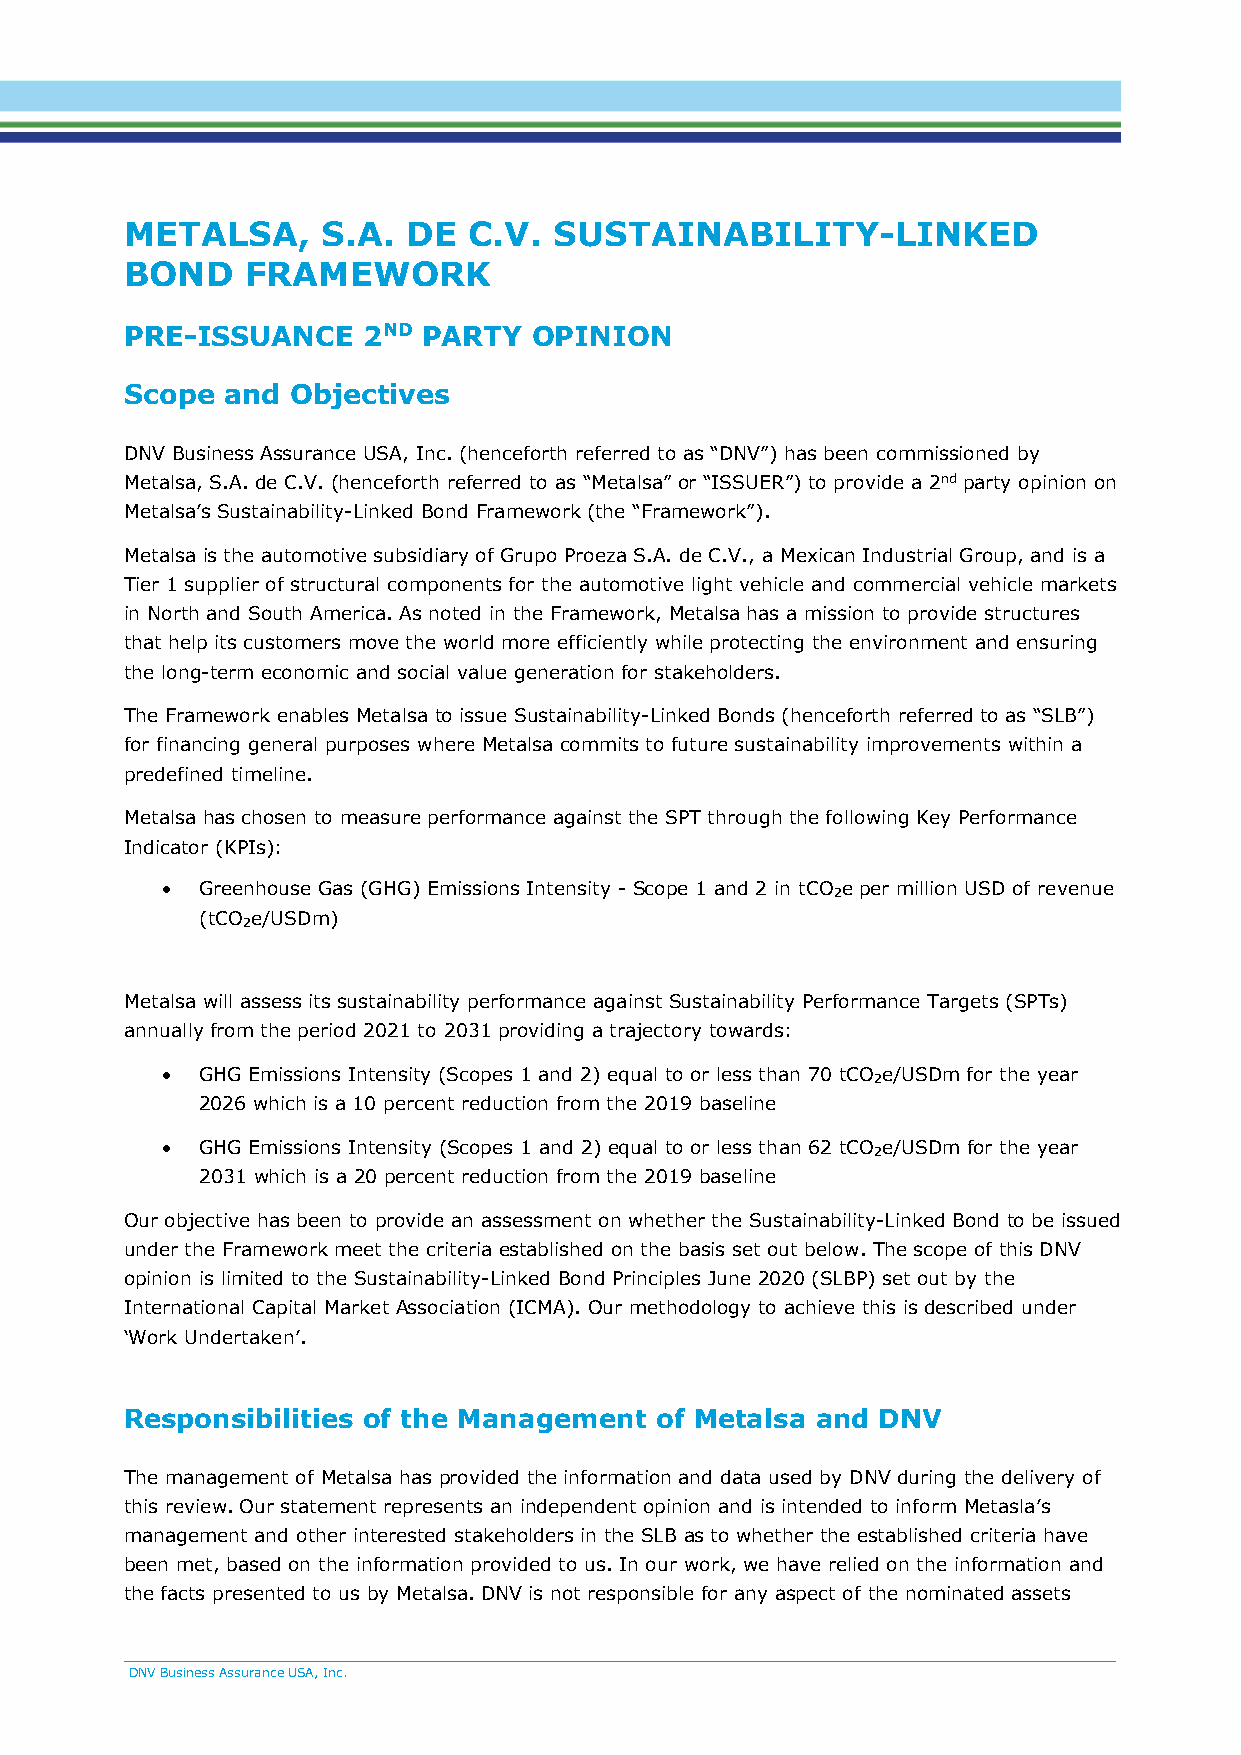
METALSA,     S.A.  DE  C.V.  SUSTAINABILITY-LINKED
 BOND    FRAMEWORK
 PRE-ISSUANCE    2ND PARTY  OPINION
 Scope  and Objectives
 DNV Business Assurance USA, Inc. (henceforth referred to as “DNV”) has been commissioned by
 Metalsa, S.A. de C.V. (henceforth referred to as “Metalsa” or “ISSUER”) to provide a 2nd party opinion on
 Metalsa’s Sustainability-Linked Bond Framework (the “Framework”).
 Metalsa is the automotive subsidiary of Grupo Proeza S.A. de C.V., a Mexican Industrial Group, and is a
 Tier 1 supplier of structural components for the automotive light vehicle and commercial vehicle markets
 in North and South America. As noted in the Framework, Metalsa has a mission to provide structures
 that help its customers move the world more efficiently while protecting the environment and ensuring
 the long-term economic and social value generation for stakeholders.
 The Framework enables Metalsa to issue Sustainability-Linked Bonds (henceforth referred to as “SLB”)
 for financing general purposes where Metalsa commits to future sustainability improvements within a
 predefined timeline.
 Metalsa has chosen to measure performance against the SPT through the following Key Performance
 Indicator (KPIs):
 • Greenhouse Gas (GHG) Emissions Intensity - Scope 1 and 2 in tCO 2e per million USD of revenue
 (tCO e/USDm)
 2
 Metalsa will assess its sustainability performance against Sustainability Performance Targets (SPTs)
 annually from the period 2021 to 2031 providing a trajectory towards:
 • GHG Emissions Intensity (Scopes 1 and 2) equal to or less than 70 tCO 2e/USDm for the year
 2026 which is a 10 percent reduction from the 2019 baseline
 • GHG Emissions Intensity (Scopes 1 and 2) equal to or less than 62 tCO 2e/USDm for the year
 2031 which is a 20 percent reduction from the 2019 baseline
 Our objective has been to provide an assessment on whether the Sustainability-Linked Bond to be issued
 under the Framework meet the criteria established on the basis set out below. The scope of this DNV
 opinion is limited to the Sustainability-Linked Bond Principles June 2020 (SLBP) set out by the
 International Capital Market Association (ICMA). Our methodology to achieve this is described under
 ‘Work Undertaken’.
 Responsibilities of the Management of Metalsa and DNV
 The management of Metalsa has provided the information and data used by DNV during the delivery of
 this review. Our statement represents an independent opinion and is intended to inform Metasla’s
 management and other interested stakeholders in the SLB as to whether the established criteria have
 been met, based on the information provided to us. In our work, we have relied on the information and
 the facts presented to us by Metalsa. DNV is not responsible for any aspect of the nominated assets
 DNV Business Assurance USA, Inc.